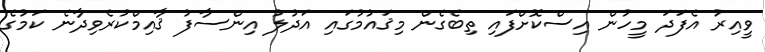
ވީއިރު އެފަދަ މީހުން އިސްކޮށްފައި ތިބެގެން މިޤައުމުގައި އަދުލު އިންސާފު ޤާއިމްކުރެވިދާނެ ކަމުގެ